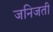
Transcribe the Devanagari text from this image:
जनिजती